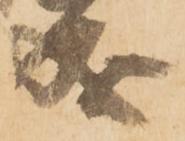
成